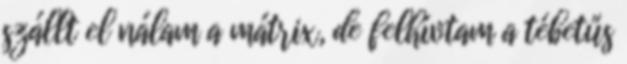
szállt el nálam a mátrix, de felhívtam a tébetűs